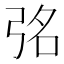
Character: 𭚮